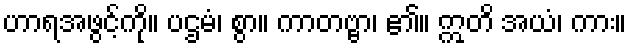
ဟာရအဖွင့်ကို။ ပဌမံ၊ စွာ။ ကာတဗ္ဗာ၊ ၏။ ဣတိ အယံ၊ ကား။